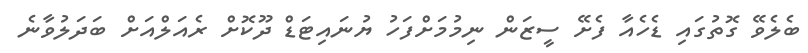
ބެލެވޭ ގޮތުގައި ޑެހެއާ ފެށޭ ސީޒަން ނިމުމަށްފަހު ޔުނައިޓަޑް ދޫކޮށް ރެއަލްއަށް ބަދަލުވާނެ